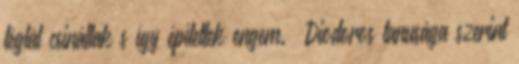
téglát csináltak s így építettek engem.» Diodoros tanusága szerint